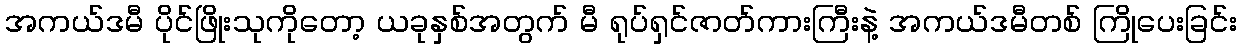
အကယ်ဒမီ ပိုင်ဖြိုးသုကိုတော့ ယခုနှစ်အတွက် မီ ရုပ်ရှင်ဇာတ်ကားကြီးနဲ့ အကယ်ဒမီတစ် ကြိုပေးခြင်း